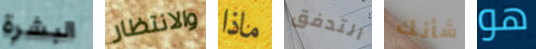
البشرة والانتظار ماذا التدفق شأنك هو